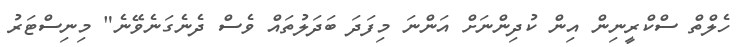
ހެލްތް ސްކްރީނިން އިން ކުދިންނަށް އަންނަ މިފަދަ ބަދަލުތައް ވެސް ދެނެގަނެވޭނެ" މިނިސްޓަރު